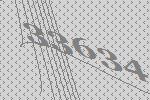
33634